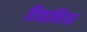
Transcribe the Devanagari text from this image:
वियान्डियर